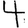
Digit: 4